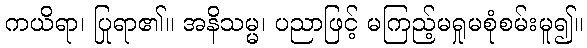
ကယိရာ၊ ပြုရာ၏။ အနိသမ္မ၊ ပညာဖြင့် မကြည့်မရှုမစုံစမ်းမူ၍။